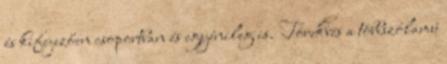
és kifejezően csoportban és egyénileg is. Törekvés a többszólamú